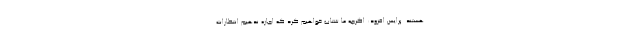
هستند. پرایس افزود: اگرچه ما شتاب خواهیم کرد که اجازه ندهیم انتظارات